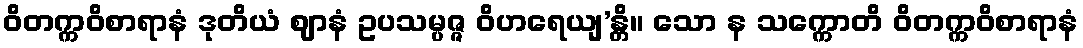
ဝိတက္ကဝိစာရာနံ ဒုတိယံ ဈာနံ ဥပသမ္ပဇ္ဇ ဝိဟရေယျ’န္တိ။ သော န သက္ကောတိ ဝိတက္ကဝိစာရာနံ